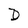
Character: D